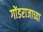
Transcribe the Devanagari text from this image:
गोंडराजाच्या